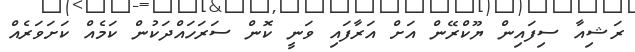
ރަޝިއާ ސިފައިން ޔޫކްރޭން އަށް އަރާފައި ވަނީ ކޮން ސަރަހައްދަކުން ކަމެއް ކަށަވަރެއް